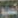
تصميم